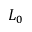
L _ { 0 }